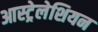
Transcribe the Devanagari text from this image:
आस्ट्रेलेशियन